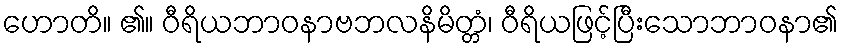
ဟောတိ။ ၏။ ဝီရိယဘာဝနာဗဘလနိမိတ္တံ၊ ဝီရိယဖြင့်ပြီးသောဘာဝနာ၏